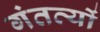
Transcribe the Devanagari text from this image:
गंतत्‍यों